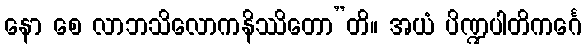
နော စေ လာဘသိလောကနိဿိတော”တိ။ အယံ ပိဏ္ဍပါတိကင်္ဂေ